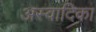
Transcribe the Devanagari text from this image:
अस्वादिका